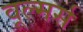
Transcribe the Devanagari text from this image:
वूल्मर्स